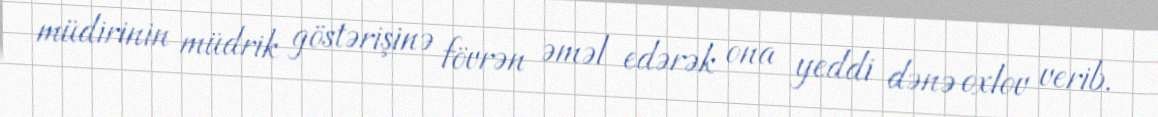
müdirinin müdrik göstərişinə fövrən əməl edərək ona yeddi dənə oxlov verib.